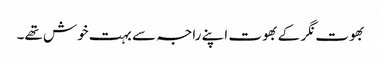
بھوت نگر کے بھوت اپنے راجہ سے بہت خوش تھے۔